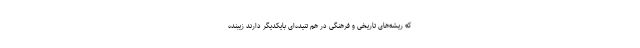
که ریشه‌های تاریخی و فرهنگی در هم تنیده‌ای بایکدیگر دارند زیبنده